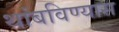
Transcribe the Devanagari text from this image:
थांबविण्यास